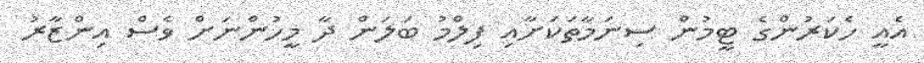
އެއީ ހެކަރުންގެ ޓީމުން ސިނަމާތަކަށާއި ފިލްމު ބަލަން ދާ މީހުންނަށް ވެސް އިންޒާރު